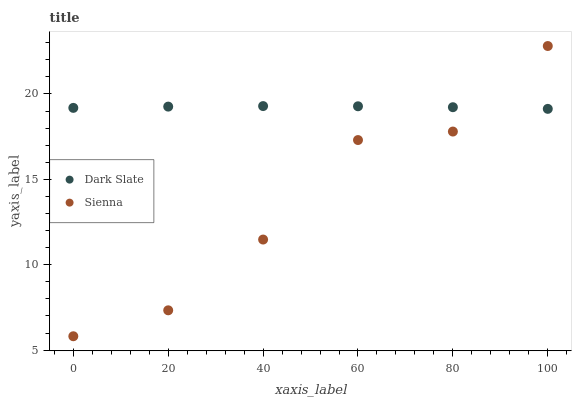
| xaxis_label | Dark Slate | Sienna |
 | --- | --- | --- |
 | 0 | 19.2 | 5.81 |
 | 20 | 19.3 | 7.33 |
 | 40 | 19.3 | 11.5 |
 | 60 | 19.3 | 17.3 |
 | 80 | 19.2 | 17.8 |
 | 100 | 19.1 | 22.8 |